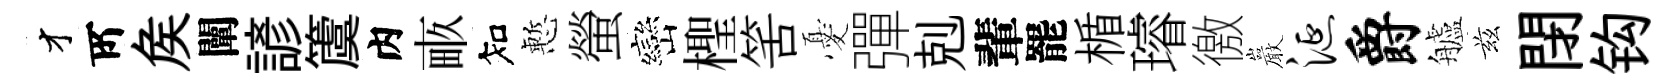
才𠩄矦闡諺𥵂内畞知慙螢巒檉筈憂彈剋輩罷楯璿徼巖涎爵艫兹閉钩